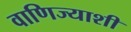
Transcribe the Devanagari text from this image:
वाणिज्याशी